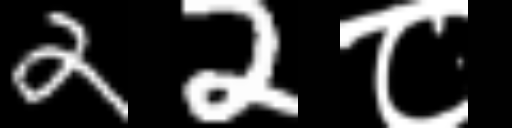
Text: 22८